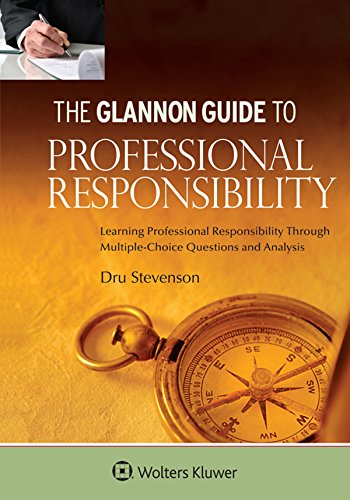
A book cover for Glannon Guide To Professional Responsibility: Learning Professional Responsibility Through Multiple-Choice Questions and Analysis; Dru Stevenson; Law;